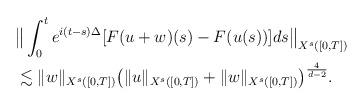
LaTeX: \begin{align*}&\big\| \int_0^t e^{i(t-s) \Delta} [F(u+w)(s) - F(u(s))] ds \big\|_{X^s([0,T])} \\&\lesssim \| w \|_{X^s([0,T])} \big( \| u \|_{X^s([0,T])} + \| w \|_{X^s([0,T])} \big)^{\frac{4}{d-2}}.\end{align*}